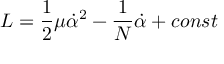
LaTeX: { \cal L } = \frac { 1 } { 2 } \mu \dot { \alpha } ^ { 2 } - \frac { 1 } { N } \dot { \alpha } + c o n s t